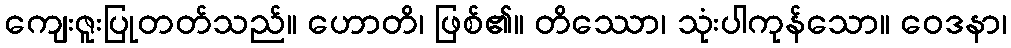
ကျေးဇူးပြုတတ်သည်။ ဟောတိ၊ ဖြစ်၏။ တိဿော၊ သုံးပါကုန်သော။ ဝေဒနာ၊